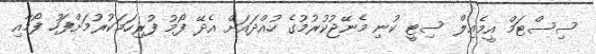
ސިސްޓަމް އީމެއިލް ސިޓީ ކުނި މެނޭޖުކުރުމުގެ ހުއްދައަށް އެދޭ ފޯމު ފުރިހަމަކުރުމަށްފަހު ފޯމާއި